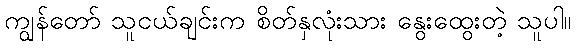
ကျွန်တော် သူငယ်ချင်းက စိတ်နှလုံးသား နွေးထွေးတဲ့ သူပါ။